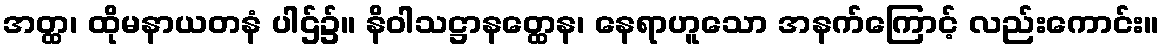
အတ္ထ၊ ထိုမနာယတနံ ပါဌ်၌။ နိဝါသဋ္ဌာနတ္ထေန၊ နေရာဟူသော အနက်ကြောင့် လည်းကောင်း။